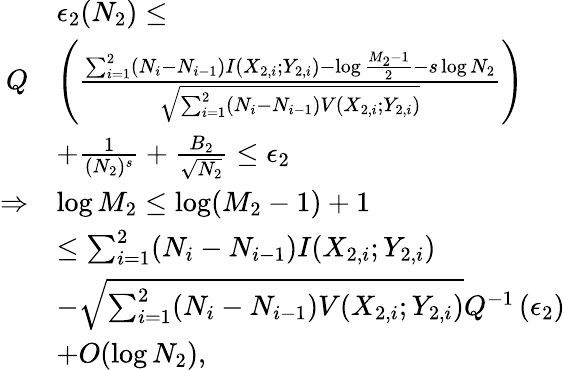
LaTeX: \begin{array}{rl}&{\epsilon_{2}(N_{2})\leq}\\ {Q}&{\left(\frac{\sum_{i=1}^{2}(N_{i}-N_{i-1})I(X_{2,i};Y_{2,i})-\log\frac{M_{2}-1}{2}-s\log N_{2}}{\sqrt{\sum_{i=1}^{2}(N_{i}-N_{i-1})V(X_{2,i};Y_{2,i})}}\right)}\\ &{+\frac{1}{(N_{2})^{s}}+\frac{B_{2}}{\sqrt{N_{2}}}\leq\epsilon_{2}}\\ {\Rightarrow}&{\log M_{2}\leq\log(M_{2}-1)+1}\\ &{\leq\sum_{i=1}^{2}(N_{i}-N_{i-1})I(X_{2,i};Y_{2,i})}\\ &{-\sqrt{\sum_{i=1}^{2}(N_{i}-N_{i-1})V(X_{2,i};Y_{2,i})}Q^{-1}\left(\epsilon_{2}\right)}\\ &{+O(\log N_{2}),}\end{array}